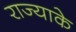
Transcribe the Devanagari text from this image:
राज्याके